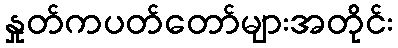
နှုတ်ကပတ်တော်များအတိုင်း